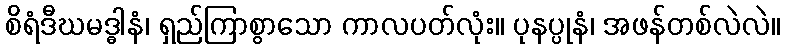
စိရံဒီဃမဒ္ဓါနံ၊ ရှည်ကြာစွာသော ကာလပတ်လုံး။ ပုနပ္ပုနံ၊ အဖန်တစ်လဲလဲ။